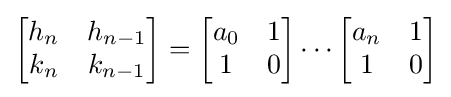
{\begin{bmatrix}h_{n}&h_{n-1}\\k_{n}&k_{n-1}\end{bmatrix}}={\begin{bmatrix}a_{0}&1\\1&0\end{bmatrix}}\cdots {\begin{bmatrix}a_{n}&1\\1&0\end{bmatrix}}